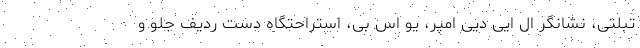
تبلتی، نشانگر ال ایی دیی امپر، یو اس بی، استراحتگاه دست ردیف جلو و